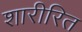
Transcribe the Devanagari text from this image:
शारीरित